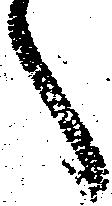
へ